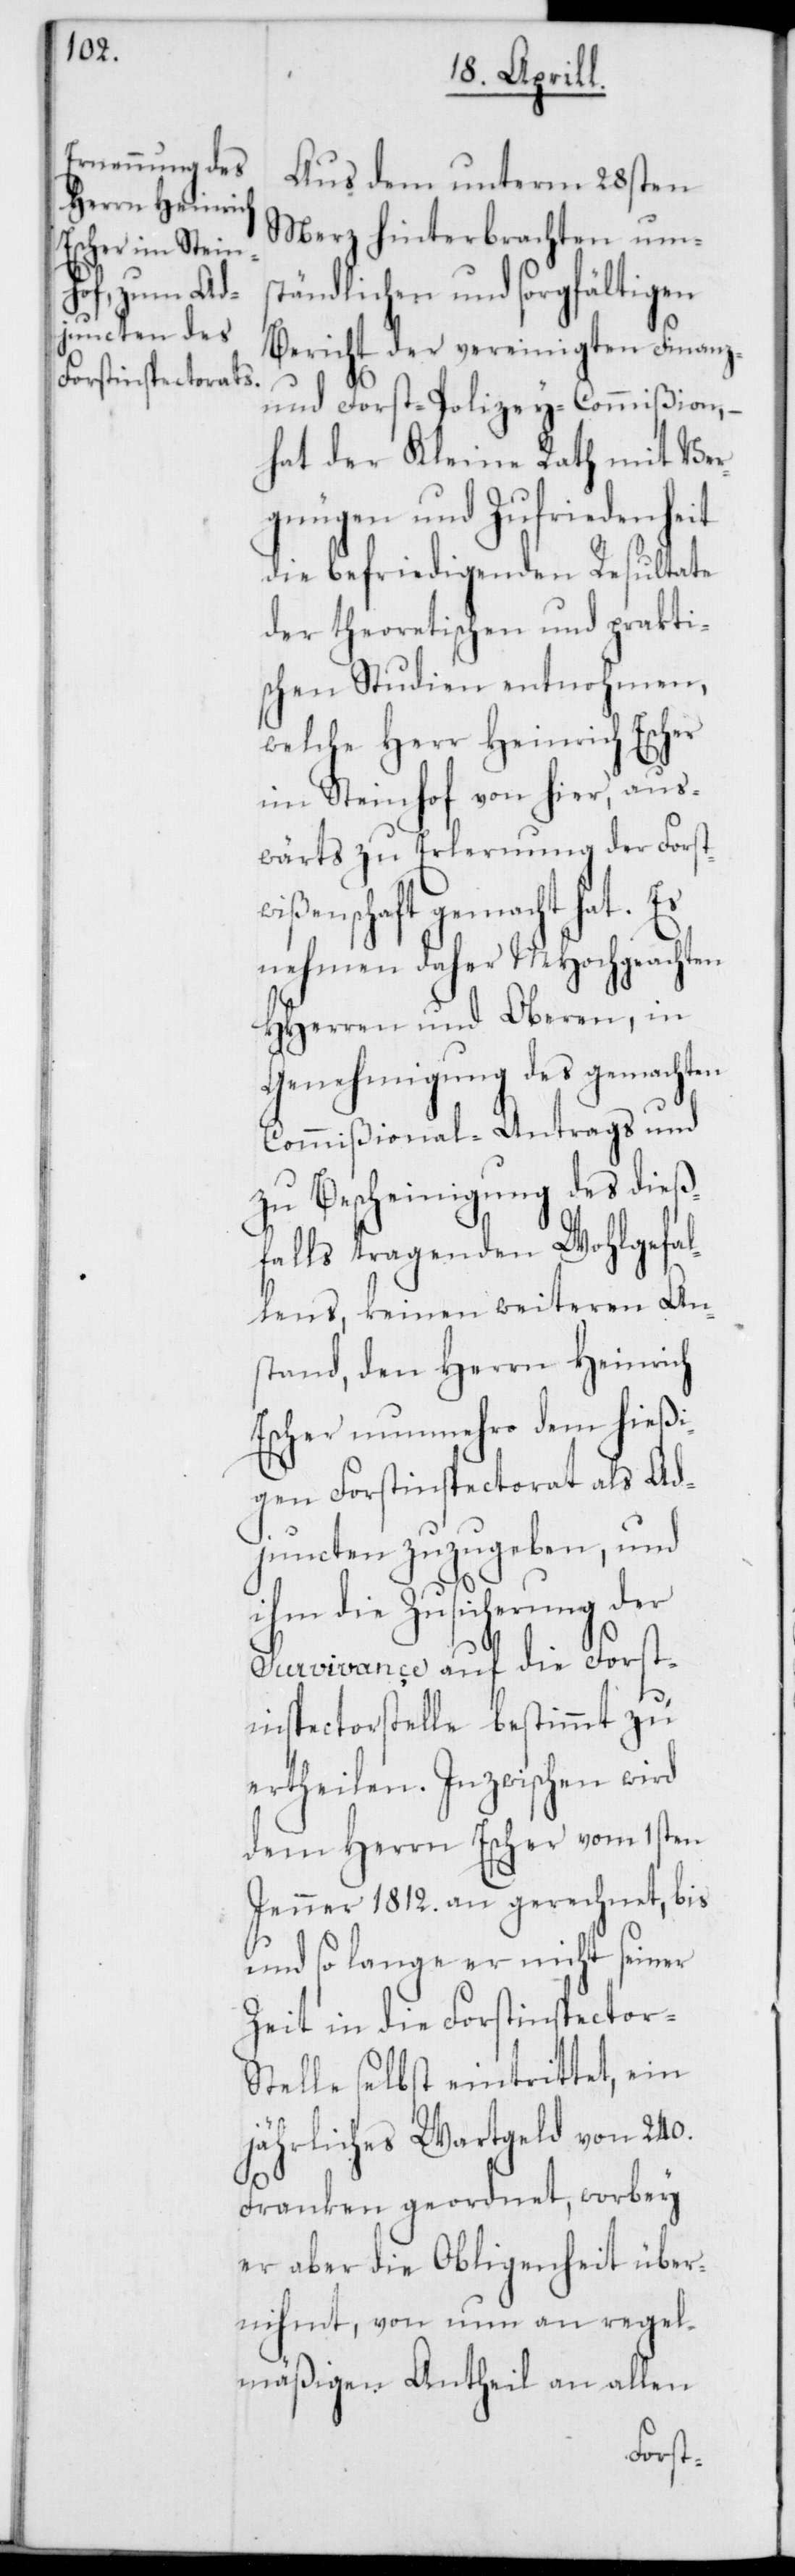
Aus dem unterm 28sten
Merz hinterbrachten ums¬
tändlichen und sorgfältigen
Bericht der vereinigten Finanz-
und Forst-Polizey-Commißion, –
hat der Kleine Rath mit Ver¬
gnügen und Zufriedenheit
die befriedigenden Resultate
der theoretischen und prakti¬
schen Studien entnohmen,
welche Herr Heinrich Escher
Steinhof von hier, aus¬
wärts zu Erlernung der Forst¬
wißenschaft gemacht hat. Es
nehmen daher MHochgeachten
HHerren und Oberen, in
Genehmigung des gemachten
Commißional-Antrags und
zu Bescheinigung des dieß¬
falls tragenden Wohlgefal¬
lens, keinen weiteren An¬
stand, den Herrn Heinrich
Escher nunmehro dem hießi¬
gen Forstinspectorat als Ad¬
juncten zuzugeben, und
ihm die Zusicherung der
Survivance auf die Forst¬
inpectorstelle bestimmt zu
ertheilen. Inzwischen wird
dem Herrn Escher vom 1sten
Jenner 1812. an gerechnet, bis
und so lange er nicht seiner
Zeit in die Forstinspector-S¬
telle selbst eintrittet, ein
jährliches Wartgeld von 240.
Franken geordnet, worbey
er aber die Obliegenheit über¬
nihmt, von nun an regel¬
mäßigen Antheil an allen